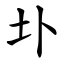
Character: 圤